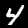
Label: 4